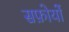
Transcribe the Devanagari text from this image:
सफ़ोयों